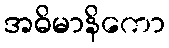
အဓိမာနိကော